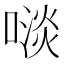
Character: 𠻪